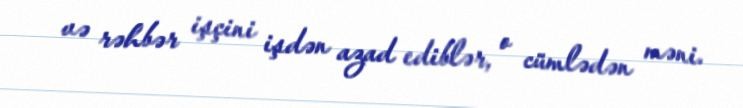
və rəhbər işçini işdən azad ediblər, o cümlədən məni.